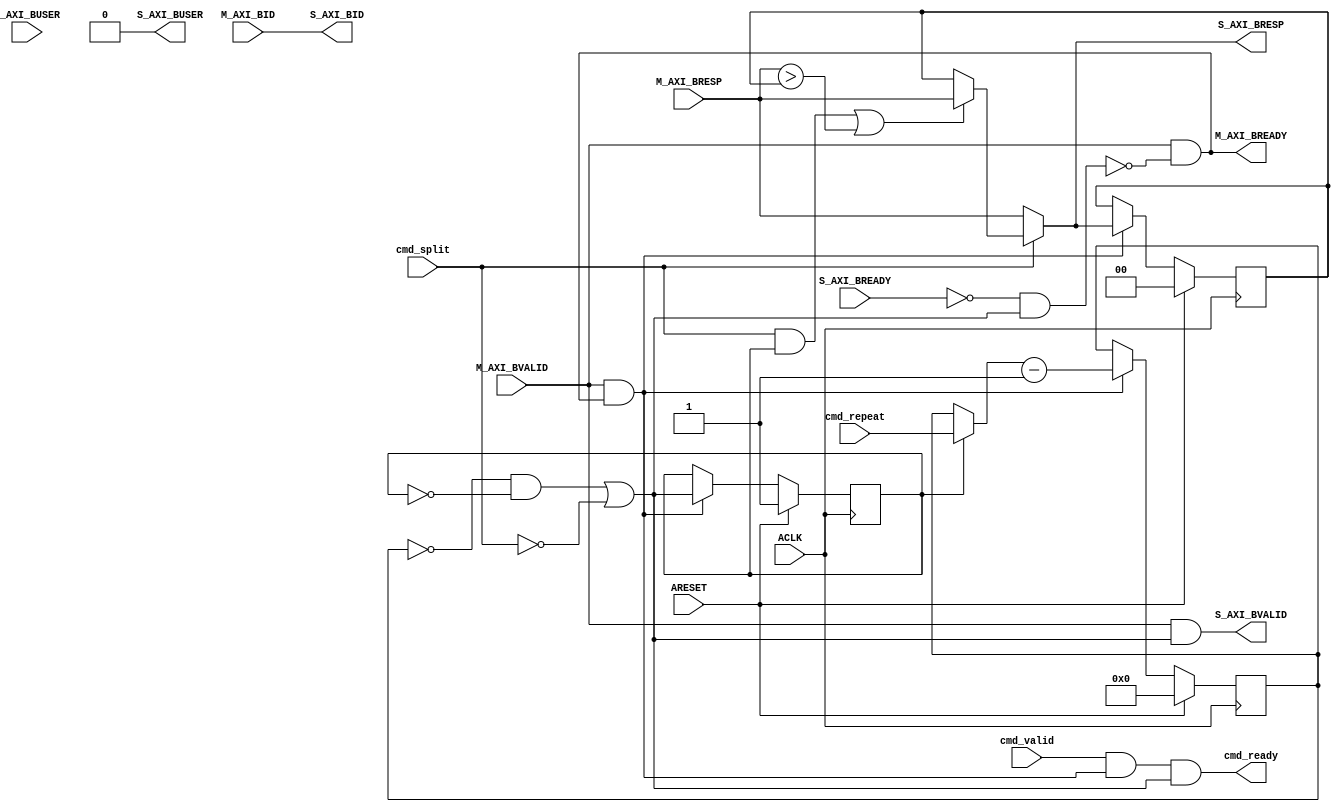
module axi_protocol_converter_v2_1_9_b_downsizer #
  (
   parameter         C_FAMILY                         = "none", 
   parameter integer C_AXI_ID_WIDTH                   = 4, 
   parameter integer C_AXI_SUPPORTS_USER_SIGNALS      = 0,
   parameter integer C_AXI_BUSER_WIDTH                = 1
   )
  (
   input  wire                                                    ARESET,
   input  wire                                                    ACLK,
   input  wire                              cmd_valid,
   input  wire                              cmd_split,
   input  wire [4-1:0]                      cmd_repeat,
   output wire                              cmd_ready,
   output wire [C_AXI_ID_WIDTH-1:0]           S_AXI_BID,
   output wire [2-1:0]                          S_AXI_BRESP,
   output wire [C_AXI_BUSER_WIDTH-1:0]          S_AXI_BUSER,
   output wire                                                    S_AXI_BVALID,
   input  wire                                                    S_AXI_BREADY,
   input  wire [C_AXI_ID_WIDTH-1:0]          M_AXI_BID,
   input  wire [2-1:0]                         M_AXI_BRESP,
   input  wire [C_AXI_BUSER_WIDTH-1:0]         M_AXI_BUSER,
   input  wire                                                   M_AXI_BVALID,
   output wire                                                   M_AXI_BREADY
   );
  localparam [2-1:0] C_RESP_OKAY        = 2'b00;
  localparam [2-1:0] C_RESP_EXOKAY      = 2'b01;
  localparam [2-1:0] C_RESP_SLVERROR    = 2'b10;
  localparam [2-1:0] C_RESP_DECERR      = 2'b11;
  wire                            cmd_ready_i;
  wire                            pop_mi_data;
  wire                            mi_stalling;
  reg  [4-1:0]                    repeat_cnt_pre;
  reg  [4-1:0]                    repeat_cnt;
  wire [4-1:0]                    next_repeat_cnt;
  reg                             first_mi_word;
  wire                            last_word;
  wire                            load_bresp;
  wire                            need_to_update_bresp;
  reg  [2-1:0]                    S_AXI_BRESP_ACC;
  wire                            M_AXI_BREADY_I;
  wire [C_AXI_ID_WIDTH-1:0]       S_AXI_BID_I;
  reg  [2-1:0]                    S_AXI_BRESP_I;
  wire [C_AXI_BUSER_WIDTH-1:0]    S_AXI_BUSER_I;
  wire                            S_AXI_BVALID_I;
  wire                            S_AXI_BREADY_I;
  assign M_AXI_BREADY_I = M_AXI_BVALID & ~mi_stalling;
  assign M_AXI_BREADY   = M_AXI_BREADY_I;
  assign S_AXI_BVALID_I = M_AXI_BVALID & last_word;
  assign pop_mi_data    = M_AXI_BVALID & M_AXI_BREADY_I;
  assign cmd_ready_i    = cmd_valid & pop_mi_data & last_word;
  assign cmd_ready      = cmd_ready_i;
  assign mi_stalling    = (~S_AXI_BREADY_I & last_word);
  assign load_bresp           = (cmd_split & first_mi_word);
  assign need_to_update_bresp = ( M_AXI_BRESP > S_AXI_BRESP_ACC );
  always @ *
  begin
    if ( cmd_split ) begin
      if ( load_bresp || need_to_update_bresp ) begin
        S_AXI_BRESP_I = M_AXI_BRESP;
      end else begin
        S_AXI_BRESP_I = S_AXI_BRESP_ACC;
      end
    end else begin
      S_AXI_BRESP_I = M_AXI_BRESP;
    end
  end
  always @ (posedge ACLK) begin
    if (ARESET) begin
      S_AXI_BRESP_ACC <= C_RESP_OKAY;
    end else begin
      if ( pop_mi_data ) begin
        S_AXI_BRESP_ACC <= S_AXI_BRESP_I;
      end
    end
  end
  assign last_word  = ( ( repeat_cnt == 4'b0 ) & ~first_mi_word ) | 
                      ~cmd_split;
  always @ *
  begin
    if ( first_mi_word ) begin
      repeat_cnt_pre  =  cmd_repeat;
    end else begin
      repeat_cnt_pre  =  repeat_cnt;
    end
  end
  assign next_repeat_cnt  = repeat_cnt_pre - 1'b1;
  always @ (posedge ACLK) begin
    if (ARESET) begin
      repeat_cnt    <= 4'b0;
      first_mi_word <= 1'b1;
    end else begin
      if ( pop_mi_data ) begin
        repeat_cnt    <= next_repeat_cnt;
        first_mi_word <= last_word;
      end
    end
  end
  assign S_AXI_BID_I  = M_AXI_BID;
  assign S_AXI_BUSER_I = {C_AXI_BUSER_WIDTH{1'b0}};
  assign S_AXI_BID      = S_AXI_BID_I;
  assign S_AXI_BRESP    = S_AXI_BRESP_I;
  assign S_AXI_BUSER    = S_AXI_BUSER_I;
  assign S_AXI_BVALID   = S_AXI_BVALID_I;
  assign S_AXI_BREADY_I = S_AXI_BREADY;
endmodule